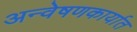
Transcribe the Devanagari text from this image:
अन्वेषणकार्यात